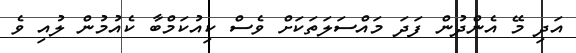
އަދި މޭ އެންދުން ފަދަ މައްސަލަތަކަށް ވެސް ކިއުކަމްބާ ކެއުމުން ލުއި ވެ